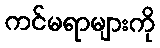
ကင်မရာများကို